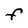
Character: F